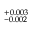
^ { + 0 . 0 0 3 } _ { - 0 . 0 0 2 }